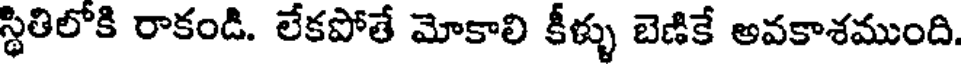
స్థితిలోకి రాకండి. లేకపోతే మోకాలి కీళ్ళు బెణికే అవకాశముంది.